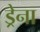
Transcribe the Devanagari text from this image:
ड्रेना